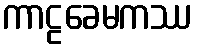
ကာဠခေမကဿ